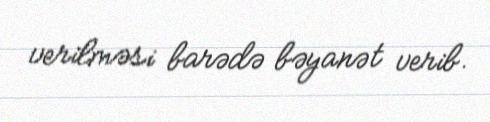
verilməsi barədə bəyanət verib.